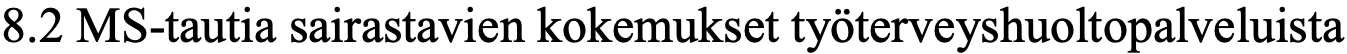
8.2 MS-tautia sairastavien kokemukset työterveyshuoltopalveluista